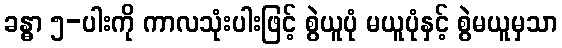
ခန္ဓာ ၅-ပါးကို ကာလသုံးပါးဖြင့် စွဲယူပုံ မယူပုံနှင့် စွဲမယူမှသာ